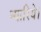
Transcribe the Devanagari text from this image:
न्यारिये।